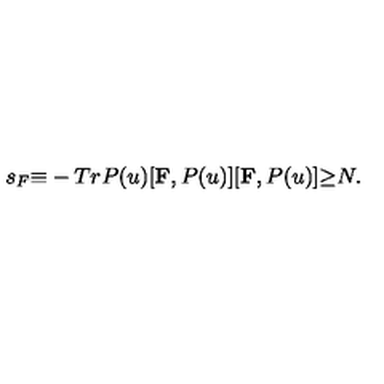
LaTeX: s _ { F } { \equiv } - T r P ( u ) [ { \bf F } , P ( u ) ] [ { \bf F } , P ( u ) ] { \geq } N .